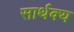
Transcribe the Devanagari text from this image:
सार्थक्य